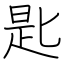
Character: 匙